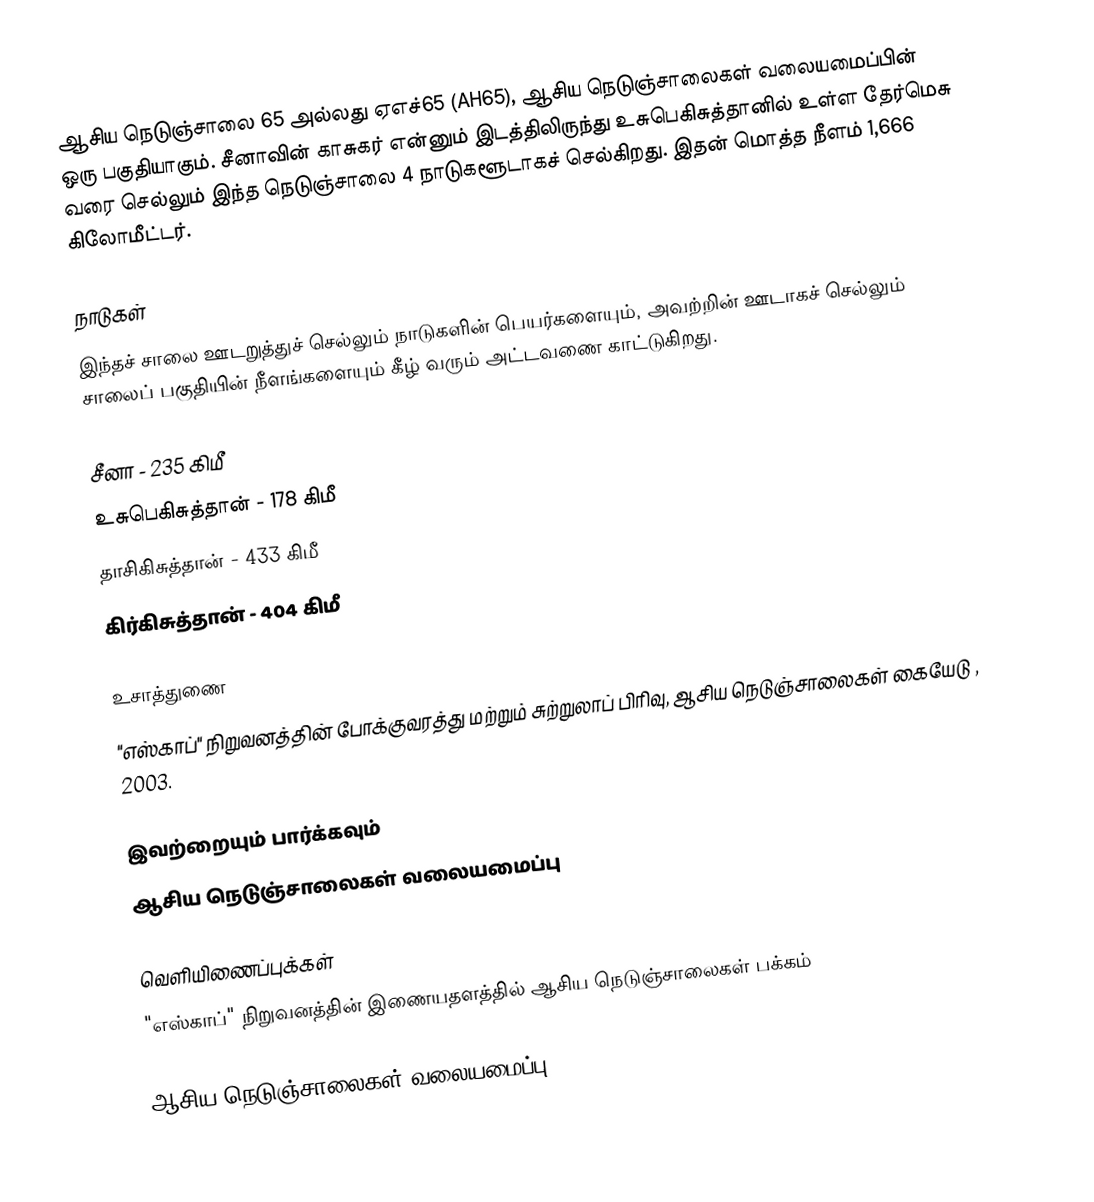
ஆசிய நெடுஞ்சாலை 65 அல்லது ஏஎச்65 (AH65), ஆசிய நெடுஞ்சாலைகள் வலையமைப்பின் ஒரு பகுதியாகும். சீனாவின் காசுகர் என்னும் இடத்திலிருந்து உசுபெகிசுத்தானில் உள்ள தேர்மெசு வரை செல்லும் இந்த நெடுஞ்சாலை 4 நாடுகளூடாகச் செல்கிறது. இதன் மொத்த நீளம் 1,666 கிலோமீட்டர்.

நாடுகள்
இந்தச் சாலை ஊடறுத்துச் செல்லும் நாடுகளின் பெயர்களையும், அவற்றின் ஊடாகச் செல்லும் சாலைப் பகுதியின் நீளங்களையும் கீழ் வரும் அட்டவணை காட்டுகிறது.

 சீனா - 235 கிமீ
 உசுபெகிசுத்தான் - 178 கிமீ
 தாசிகிசுத்தான் - 433 கிமீ
 கிர்கிசுத்தான் - 404 கிமீ

உசாத்துணை
 "எஸ்காப்" நிறுவனத்தின் போக்குவரத்து மற்றும் சுற்றுலாப் பிரிவு, ஆசிய நெடுஞ்சாலைகள் கையேடு , 2003.

இவற்றையும் பார்க்கவும்
 ஆசிய நெடுஞ்சாலைகள் வலையமைப்பு

வெளியிணைப்புக்கள்
 "எஸ்காப்" நிறுவனத்தின் இணையதளத்தில் ஆசிய நெடுஞ்சாலைகள் பக்கம்

 ஆசிய நெடுஞ்சாலைகள் வலையமைப்பு